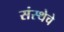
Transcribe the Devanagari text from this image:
संस्‍थेचे